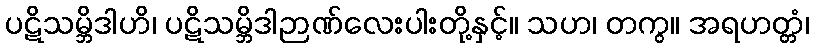
ပဋိသမ္ဘိဒါဟိ၊ ပဋိသမ္ဘိဒါဉာဏ်လေးပါးတို့နှင့်။ သဟ၊ တကွ။ အရဟတ္တံ၊